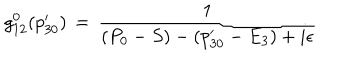
g _ { 1 2 } ^ { 0 } ( p _ { 3 0 } ^ { \prime } ) \, = \, { \frac { 1 } { ( P _ { 0 } - S ) - ( p _ { 3 0 } ^ { \prime } - E _ { 3 } ) + i \epsilon } }